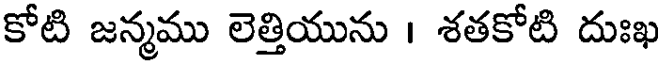
కోటి జన్మము లెత్తియును । శతకోటి దుఃఖ